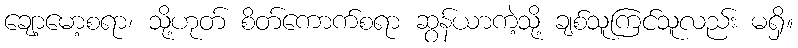
ချော့မော့စရာ၊ သို့ဟုတ် စိတ်ကောက်စရာ ဆွန်ယာကဲ့သို့ ချစ်သူကြင်သူလည်း မရှိ။